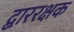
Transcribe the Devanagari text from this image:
द्बाररक्षक